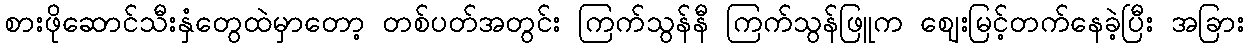
စားဖိုဆောင်သီးနှံတွေထဲမှာတော့ တစ်ပတ်အတွင်း ကြက်သွန်နီ ကြက်သွန်ဖြူက ဈေးမြင့်တက်နေခဲ့ပြီး အခြား